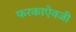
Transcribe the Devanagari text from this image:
फरकाऐवजी